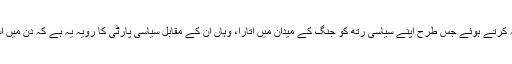
مودی نے کسی کی بھی پرواہ نہ کرتے ہوئے جس طرح اپنے سیاسی رتھ کو جنگ کے میدان میں اتارا، وہاں ان کے مقابل سیاسی پارٹی کا رویہ یہ ہے کہ دن میں آسمان میں تارے نظر آرہے ہیں ۔